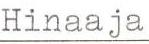
Hinaaja